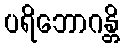
ပရိဘောဂန္တိ